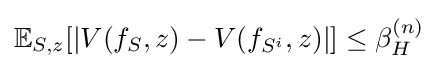
\mathbb {E} _{S,z}[|V(f_{S},z)-V(f_{S^{i}},z)|]\leq \beta _{H}^{(n)}